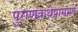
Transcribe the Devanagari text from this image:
पुराणकथेप्रामाणे